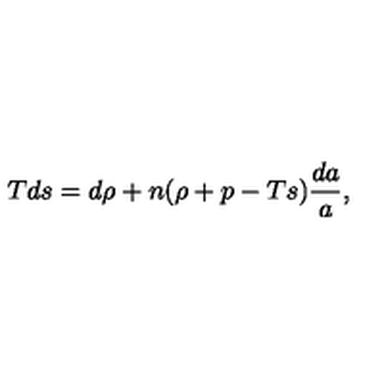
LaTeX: T d s = d \rho + n ( \rho + p - T s ) { \frac { d a } { a } } ,